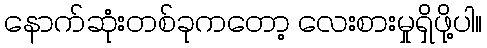
နောက်ဆုံးတစ်ခုကတော့ လေးစားမှုရှိဖို့ပါ။